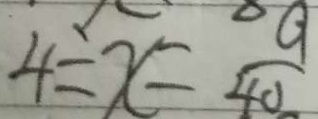
4 = x = \frac { 9 } { 4 0 }